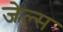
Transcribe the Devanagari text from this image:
जेल्स